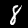
Digit: 8